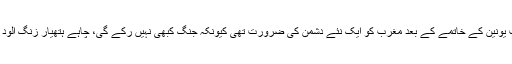
ایک یہودی مضمون نگار سیموئل ہنٹنگٹن لکھتا ہے کہ سوویت یونین کے خاتمے کے بعد مغرب کو ایک نئے دشمن کی ضرورت تھی کیونکہ جنگ کبھی نہیں رکے گی، چاہے ہتھیار زنگ آلود ہوجائیں لیکن پھر بھی ممالک کے مابین جنگ چلتی رہے گی۔